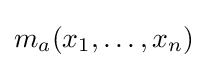
m_{a}(x_{1},\dots ,x_{n})